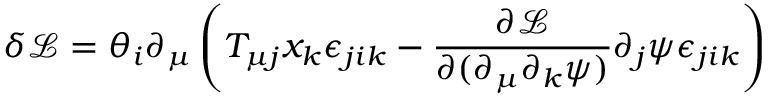
\delta \mathcal { L } = \theta _ { i } \partial _ { \mu } \left( T _ { \mu j } x _ { k } \epsilon _ { j i k } - \frac { \partial \mathcal { L } } { \partial ( \partial _ { \mu } \partial _ { k } \psi ) } \partial _ { j } \psi \epsilon _ { j i k } \right)